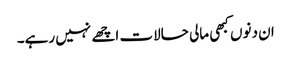
ان دنوں کبھی مالی حالات اچھے نہیں رہے۔